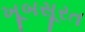
ખૂબસૂરત